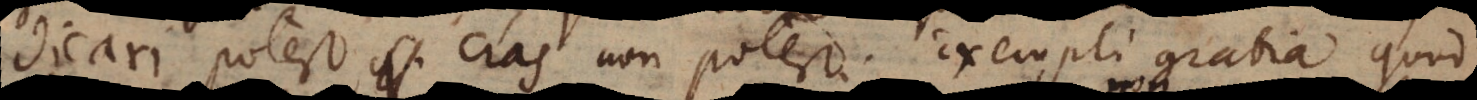
potest, cras non potest. Exempli gratia quod